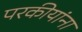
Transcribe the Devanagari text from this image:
परकीयांना